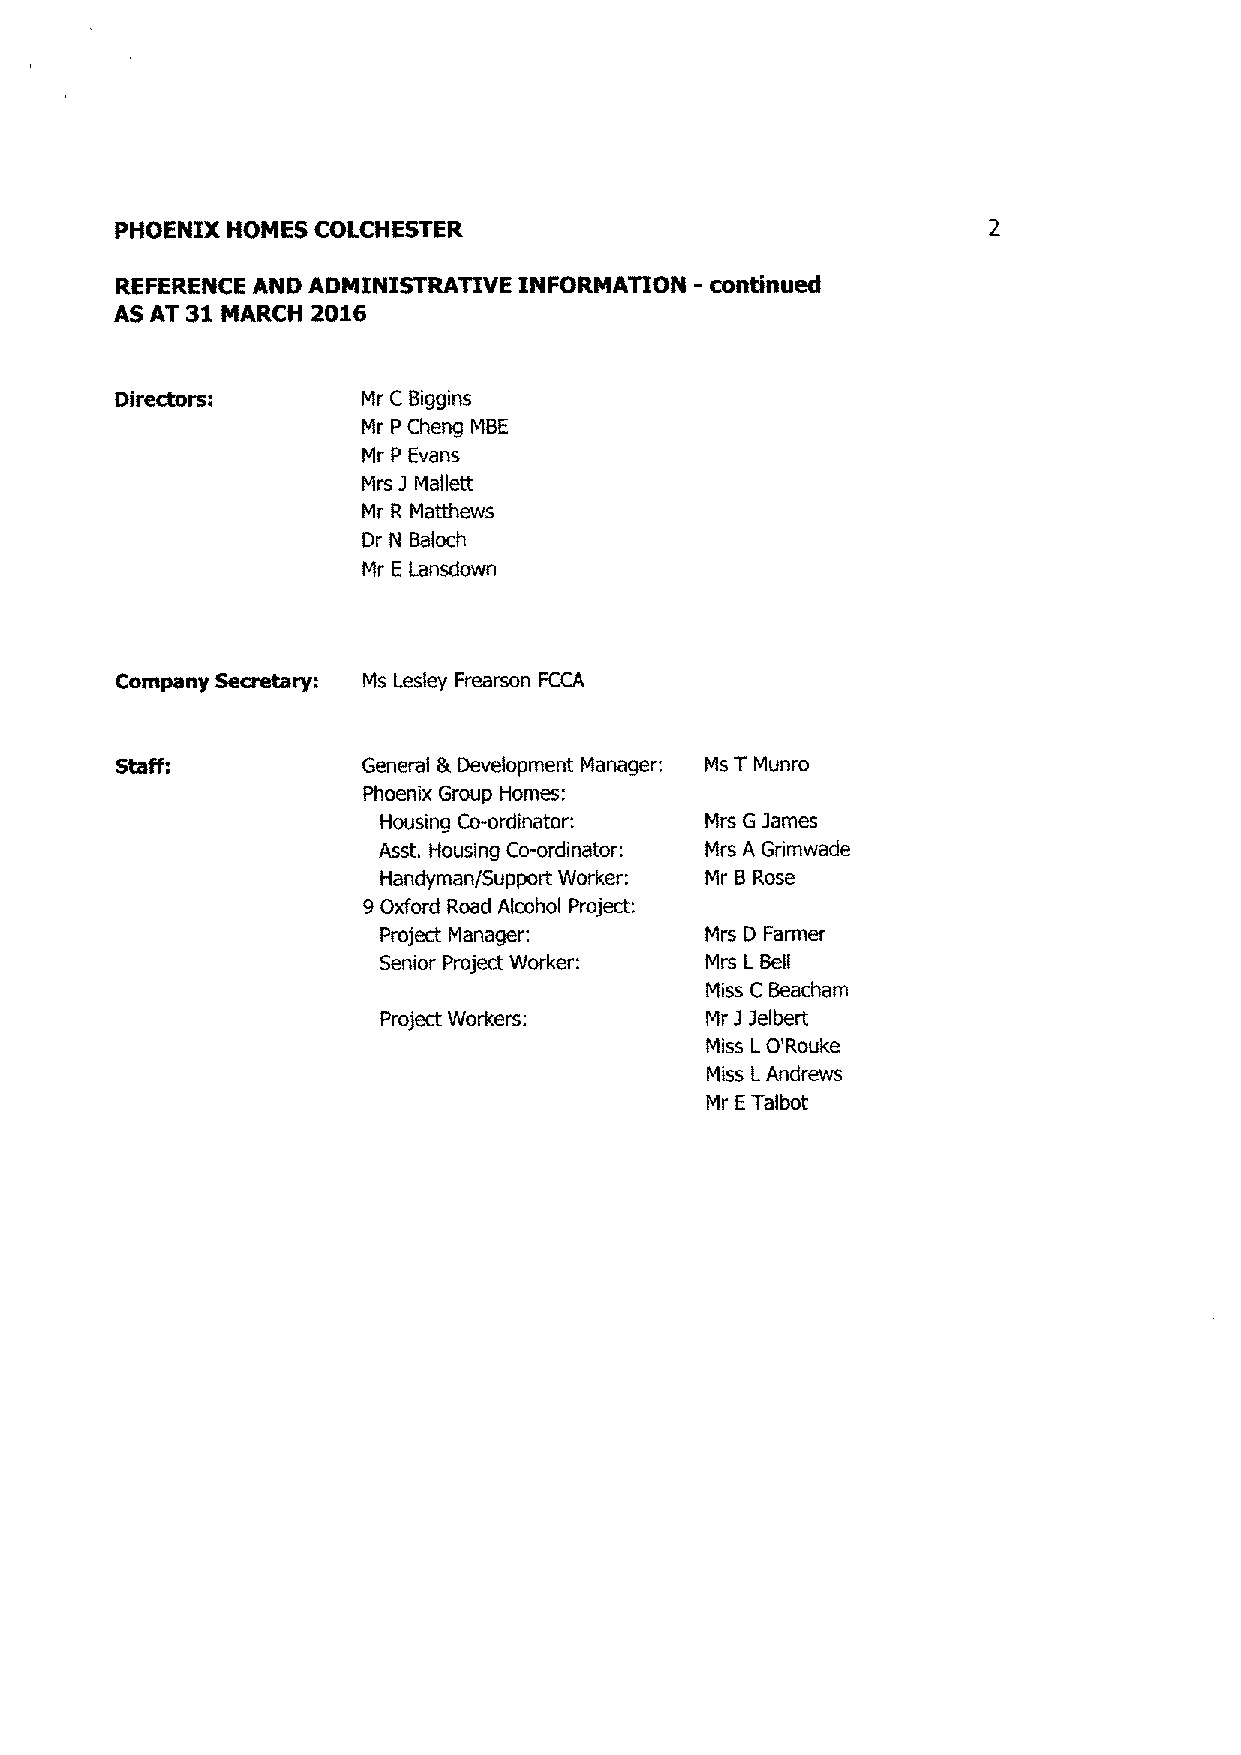
PHOENIX HOMES COLCHESTER
 REFERENCE AND ADMINISTRATIVE INFORMATION -continued
 AS AT 31 MARCH 2016
 Directors:      Mr C Biggins
 Mr P Cheng MBE
 Mr P Evans
 Mrs J Mallett
 Mr R Matthews
 Dr N Baloch
 Mr E lansdown
 Company Secretary: Ms Lesley Frearson FCCA
 Staff:           General & Development Manager: Ms T Munro
 Phoenix Group Homes:
 Housing Co-ordinator: Mrs G James
 Asst. Housing Co-ordinator: Mrs A Grimwade
 Handyman/Support Worker: Mr B Rose
 9 Oxford Road Alcohol Project:
 Project Manager:      Mrs D Farmer
 Senior Project Worker: Mrs l Bell
 Miss C Beacham
 Project Workers:      Mr 7 lelbert
 Miss L O'Rouke
 Miss L Andrews
 Mr E Talbot